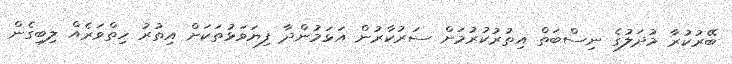
ބޭރުކުރާ މުދަލުގެ ނިސްބަތް އިތުރުކުރުމަށް ސަރުކާރުން އަޅަމުންދާ ފިޔަވަޅުތަކަށް އިތުރު ހިތްވަރެއް ލިބިގެން